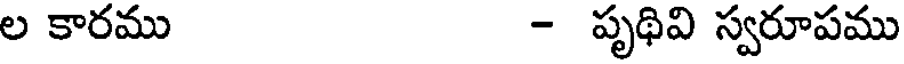
ల కారము - పృథివి స్వరూపము